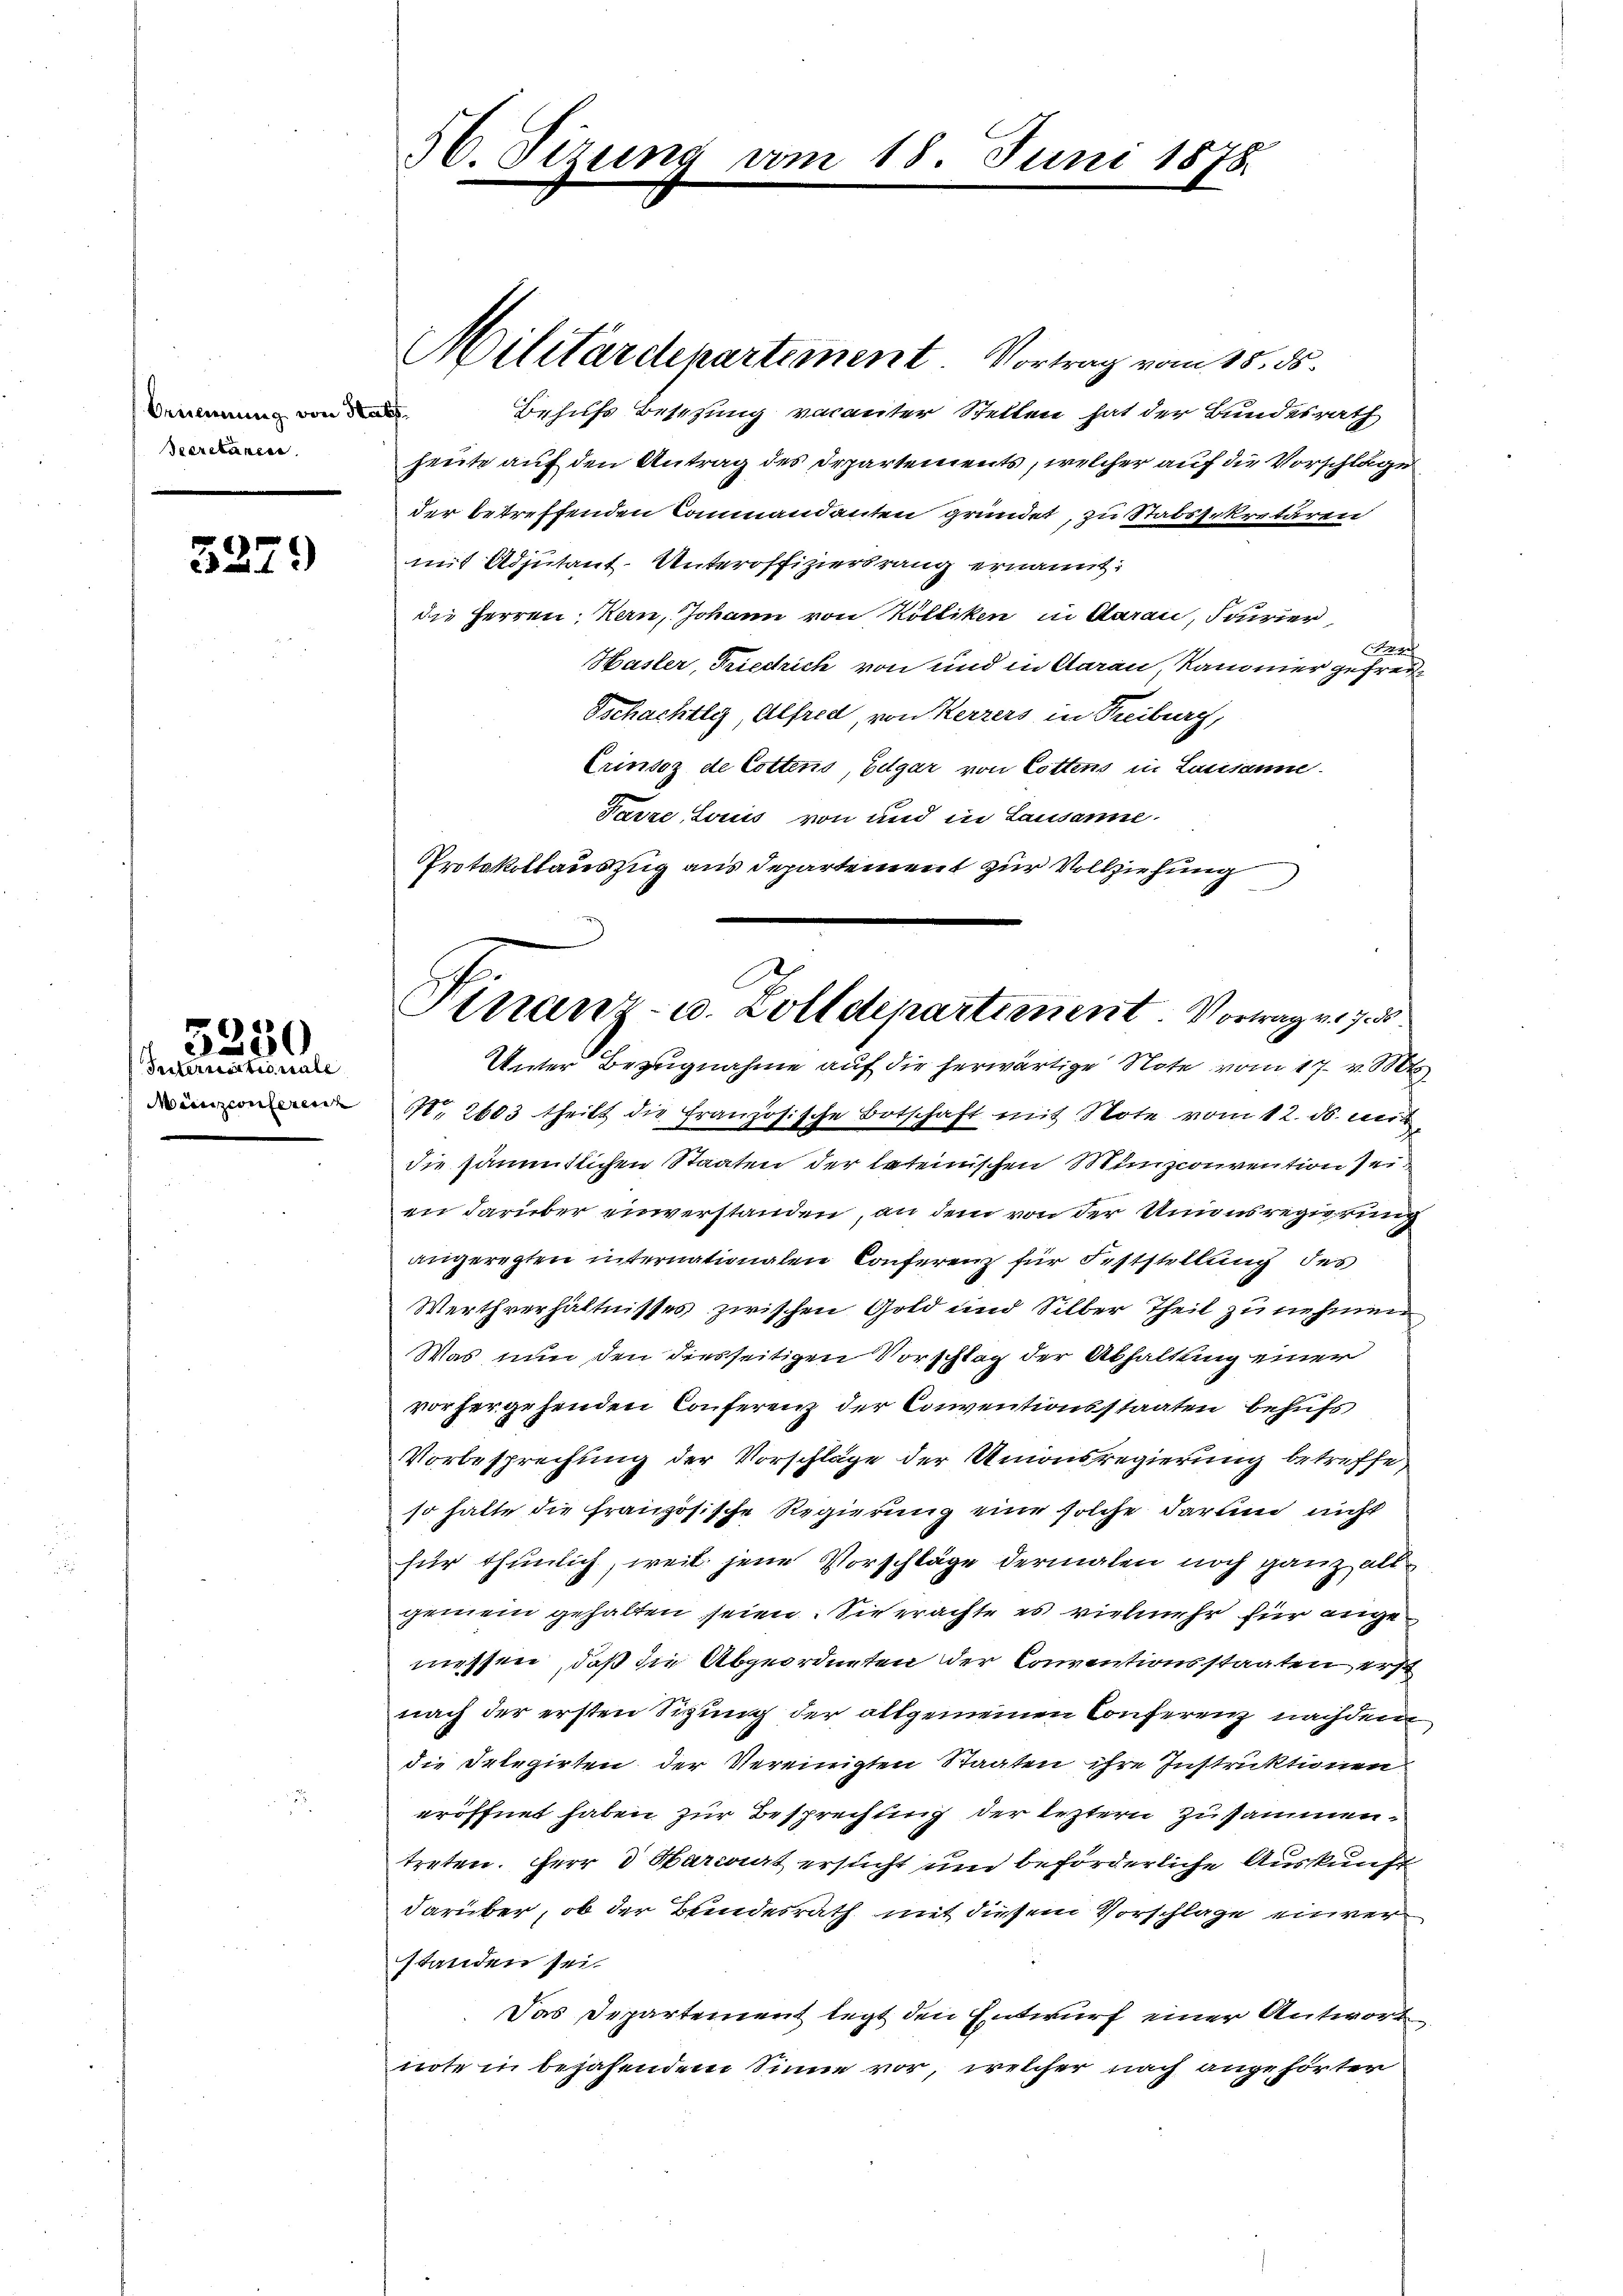
Ornennung von Habs
Secretären.

3379

Münzconferenz

5230
Fritzessinterrate

Behufs Besetzung vacanter Stellen hat der Bundesrath
heute auf den Antrag des Departements, welcher auf die Vorschläge
der betreffenden Commandanten gründet, zu Stabssekretären
mit Adjutant. Unteroffiziersrang ernannt:
die Herren Kern, Johann von Kölliken in Aarau, Fairier
 |
Hasler, Friedrich von und in Aarau, Kammer gefrei¬
Tschachtli, Alfred, von Kerzers in Freiburg,
Crinsoz de Cottens, Belgar von Cottens in Lausanne.
Farze Louis von und in Lausanne
Protokollauszug aus Departement zur Vollziehung

56. Tizung vom 18. Juni 1878.

Militärdepartement Vortrag vom 15. ds.

Finanz- u. Zolldepartement. Vortrag v. 7. d.

Unter Bezugnahme auf die herwärtige Note vom 17. v. Mt
No. 2603 theilt die Französische Botschaft mit Note vom 12. ds. mit
die sämmtlichen Staaten der lateinischen Münzconvention sei
en darüber einverstanden, an dem von der Unionsregierung
angeregten internationalen Conferenz für Feststellung des
Werthverhältnisses zwischen Gold und Silber Theil zu nehmen
Was nun den diesseitigen Vorschlag der Abhaltung einer
vorhergehenden Conferenz der Conventionsstaaten behufs
Vorbesprechung der Vorschläge der Unionsregierung betreffe,
so hatte die französische Regierung eine solche darum nicht
für thunlich, weil jene Vorschläge dermalen noch ganz all
gemein gehalten seien. Sie erachte es vielmehr für ange
messen, daß die Abgeordneten der Conventionsstaaten erst
nach der ersten Sizung der allgemeinen Conferenz nachdem
die Selegirten der Vereinigten Staaten ihre Instruktionen
eröffnet haben zur Besprechung der leztern zusammentreten. Herr d Mariat ersucht und beförderliche Auskunft
darüber, ob der Bundesrath mit diesem Vorschläge einverstanden sei.
Das Departement legt den Entwurf einer Antwort
note in bejahendem Sinne vor, welcher nach angehörter